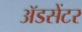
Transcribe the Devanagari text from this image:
ॲडसेंटर